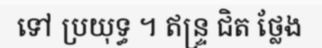
ទៅ ប្រយុទ្ធ ។ ឥន្ទ្រ ជិត ថ្លែង